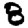
Digit: 8